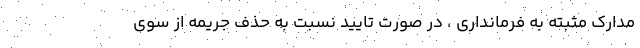
مدارک مثبته به فرمانداری ، در صورت تایید نسبت به حذف جریمه از سوی